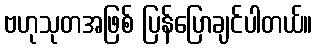
ဗဟုသုတအဖြစ် ပြန်ပြောချင်ပါတယ်။